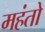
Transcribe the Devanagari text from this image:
महंतो